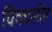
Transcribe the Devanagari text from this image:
विकासीत